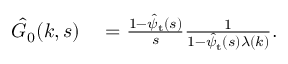
\begin{array} { r l } { \hat { G } _ { 0 } ( k , s ) } & { { } = \frac { 1 - \hat { \psi } _ { \mathrm { t } } ( s ) } { s } \frac { 1 } { 1 - \hat { \psi } _ { \mathrm { t } } ( s ) \lambda ( k ) } . } \end{array}